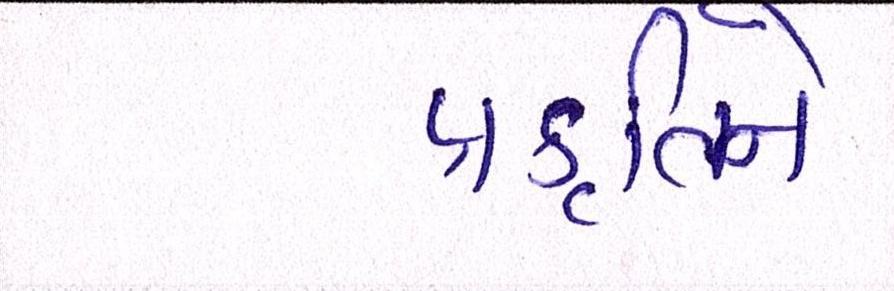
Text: પ્રકૃતિને